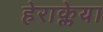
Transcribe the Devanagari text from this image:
हेराक्लेया